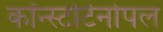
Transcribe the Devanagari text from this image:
कॉन्स्टंटिनोपल